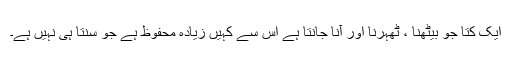
ایک کتا جو بیٹھنا ، ٹھہرنا اور آنا جانتا ہے اس سے کہیں زیادہ محفوظ ہے جو سنتا ہی نہیں ہے۔